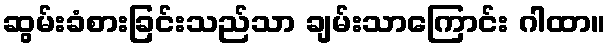
ဆွမ်းခံစားခြင်းသည်သာ ချမ်းသာကြောင်း ဂါထာ။